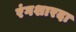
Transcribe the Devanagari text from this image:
रंगशारदा